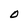
Character: O